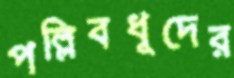
পল্লিবধূদের